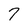
Character: 7